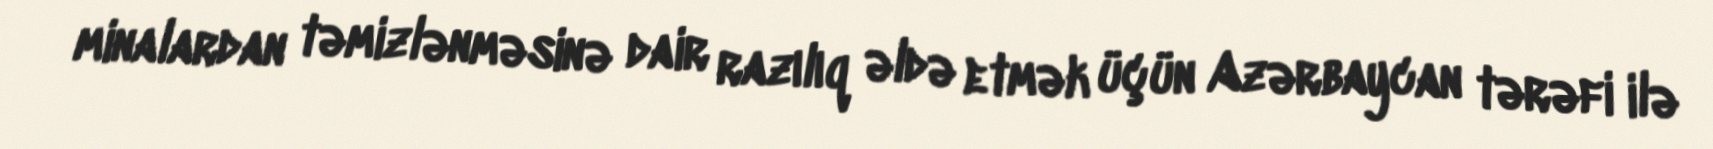
minalardan təmizlənməsinə dair razılıq əldə etmək üçün Azərbaycan tərəfi ilə